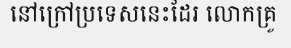
នៅក្រៅប្រទេសនេះដែរ លោកគ្រូ